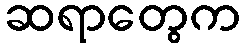
ဆရာတွေက